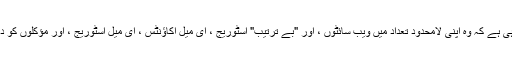
پلس ، پرائم ، اور بزنس پرو منصوبہ بنا رہی ہے کہ وہ اپنی لامحدود تعداد میں ویب سائٹوں ، اور "بے ترتیب" اسٹوریج ، ای میل اکاؤنٹس ، ای میل اسٹوریج ، اور مؤکلوں کو دیئے جانے والے سب ڈومینز کا فخر کریں۔